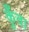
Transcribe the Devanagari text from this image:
कुँवा